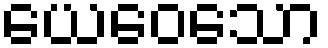
ယေဝေသော